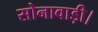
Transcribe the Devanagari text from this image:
सोनावाड़ी।